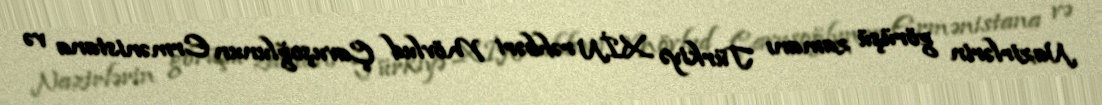
Nazirlərin görüşü zamanı Türkiyə XİN rəhbəri Mövlud Çavuşoğlunun Ermənistana və